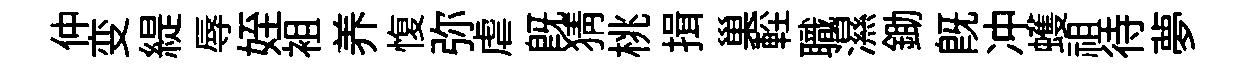
仲变緹辱姪袓养愎弥虐旣猜桃揖巢䡖職濕鋤旣冲蠖祖待夢